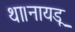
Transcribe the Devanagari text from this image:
था।नायडू